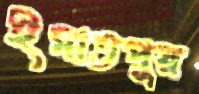
ইমাতপুর